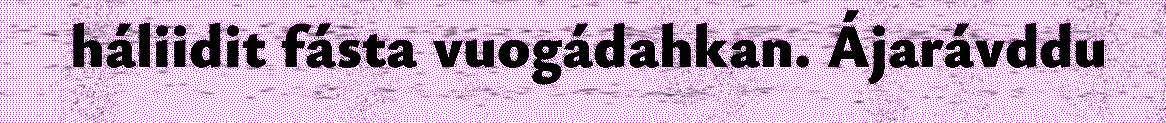
háliidit fásta vuogádahkan. Ájarávddu